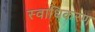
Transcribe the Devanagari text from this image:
स्वाधिकरण